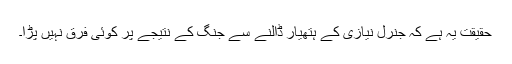
حقیقت یہ ہے کہ جنرل نیازی کے ہتھیار ڈالنے سے جنگ کے نتیجے پر کوئی فرق نہیں پڑا۔